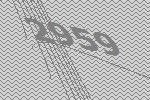
2959